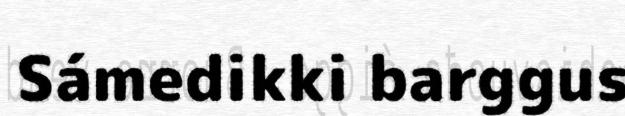
Sámedikki barggus